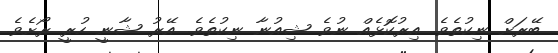
ބޭރަށް ނިކުތެވެ. އިރުކޮޅެއް ނުވެ ޝިއުނާ ނިކުތެވެ. އޭރު ޝާނީ ހުރީ ރޯށެވެ.